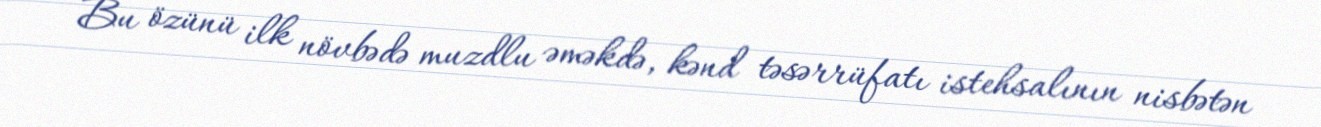
Bu özünü ilk növbədə muzdlu əməkdə, kənd təsərrüfatı istehsalının nisbətən